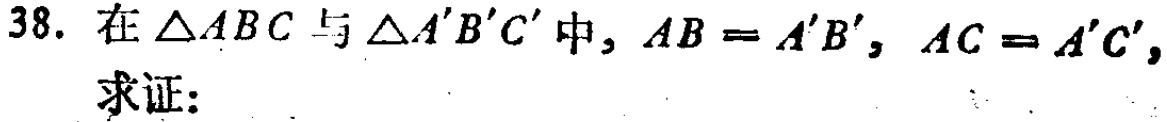
38. 在$\triangle ABC$与$\triangle A'B'C'$中，$AB = A'B'$，$AC = A'C'$，
求证：